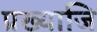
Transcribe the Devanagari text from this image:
प्रख्याजि